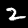
Label: 2